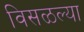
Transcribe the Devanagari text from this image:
विसळल्या